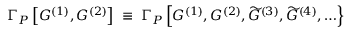
\Gamma _ { P } \left[ { \cal G } ^ { ( 1 ) } , { \cal G } ^ { ( 2 ) } \right] \; \equiv \; \Gamma _ { P } \left[ { \cal G } ^ { ( 1 ) } , { \cal G } ^ { ( 2 ) } , \widetilde { { \cal G } } ^ { ( 3 ) } , \widetilde { { \cal G } } ^ { ( 4 ) } , \ldots \right\} \; \; \; \; \; \; \;